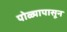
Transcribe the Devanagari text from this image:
पोळ्यापासून